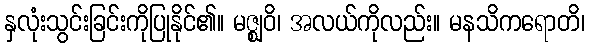
နှလုံးသွင်းခြင်းကိုပြုနိုင်၏။ မဇ္ဈဝိ၊ အလယ်ကိုလည်း။ မနသိကရောတိ၊